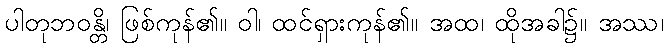
ပါတုဘဝန္တိ၊ ဖြစ်ကုန်၏။ ဝါ၊ ထင်ရှားကုန်၏။ အထ၊ ထိုအခါ၌။ အဿ၊